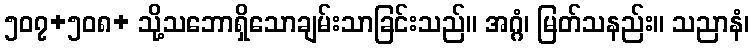
၅၀၇+၅၀၈+ သို့သဘောရှိသောချမ်းသာခြင်းသည်။ အဂ္ဂံ၊ မြတ်သနည်း။ သညာနံ၊